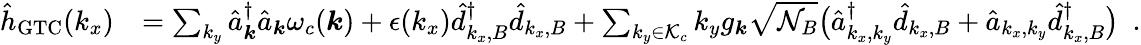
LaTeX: \begin{array}{rl}{{\hat{h}}_{\mathrm{GTC}}(k_{x})}&{=\sum_{{k_{y}}}\hat{a}_{\boldsymbol k}^{\dagger}\hat{a}_{\boldsymbol k}\omega_{c}({\boldsymbol k})+\epsilon(k_{x})\hat{d}_{k_{x},B}^{\dagger}\hat{d}_{k_{x},B}+\sum_{k_{y}\in\mathcal{K}_{c}}k_{y}{g_{\boldsymbol k}}\sqrt{\mathcal{N}_{B}}\big(\hat{a}_{k_{x},k_{y}}^{\dagger}\hat{d}_{k_{x},B}+\hat{a}_{{k_{x},k_{y}}}\hat{d}_{k_{x},B}^{\dagger}\big)~~.}\end{array}